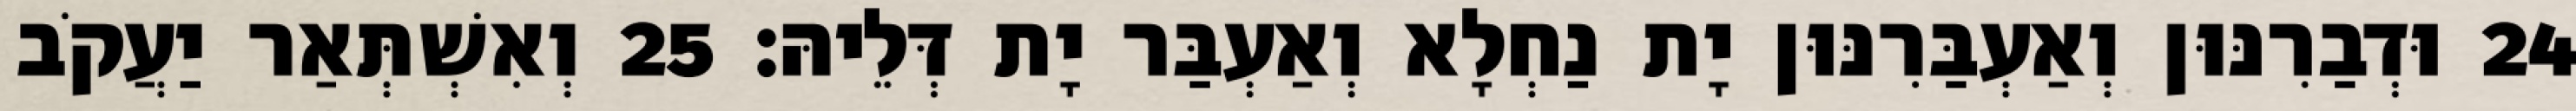
24 וּדְבַרִנּוּן וְאַעְבַּרִנּוּן יָת נַחְלָא וְאַעְבַּר יָת דְּלֵיהּ׃ 25 וְאִשְׁתְּאַר יַעֲקֹב